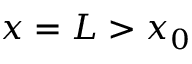
x = L > x _ { 0 }